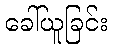
ခေါ်ယူခြင်း